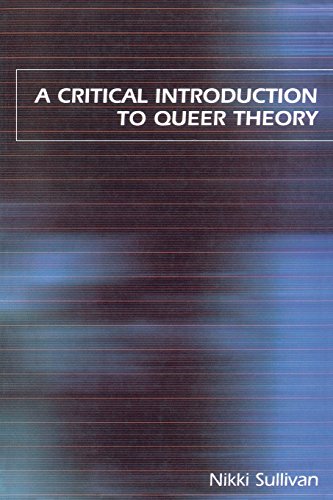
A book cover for A Critical Introduction to Queer Theory; Nikki Sullivan; Gay & Lesbian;